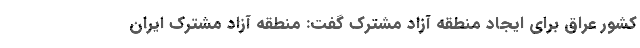
کشور عراق برای ایجاد منطقه آزاد مشترک گفت: منطقه آزاد مشترک ایران